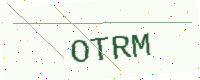
Text: OTRM